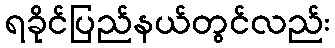
ရခိုင်ပြည်နယ်တွင်လည်း